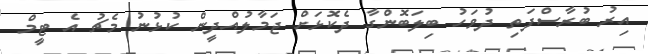
އިރު ބުރާސްފަތި ދުވަހު ބިލަބޮންގާ ދެކޮޅަށް ޖަމާލުއްދީން ކުޅުނު މެޗު އެ ޓީމް